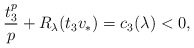
\begin{align*} \frac {t_3^p}p + R_\lambda(t_3v_*) = c_3(\lambda) < 0,\end{align*}